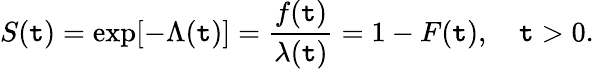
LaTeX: S(\mathtt{t})=\exp[-\Lambda(\mathtt{t})]={\frac{{f(\mathtt{t})}}{{\lambda(\mathtt{t})}}}=1-F(\mathtt{t}),\quad\mathtt{t}>0.